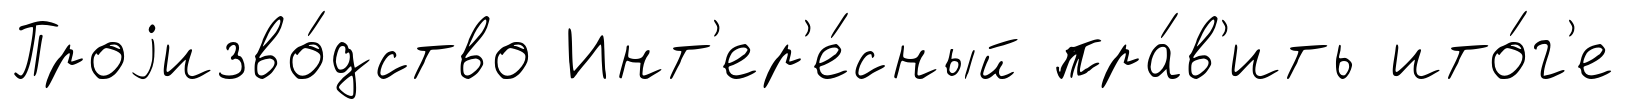
Проjизво́дство Инт'ер'е́сный пра́в'ить ито́г'е